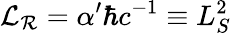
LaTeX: {\cal L}_{\cal R}=\alpha^{\prime}\hbar c^{-1}\equiv L_{S}^{2}